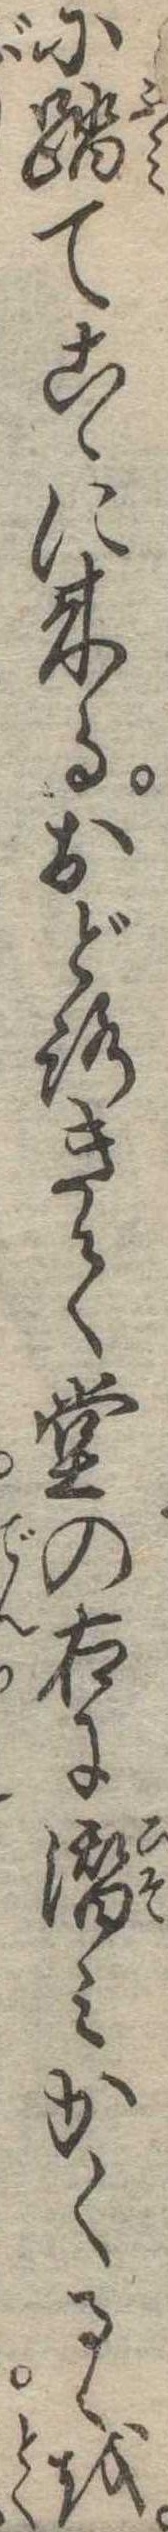
に踏てこゝに来るおどろきて堂の右に潜みかくるゝを